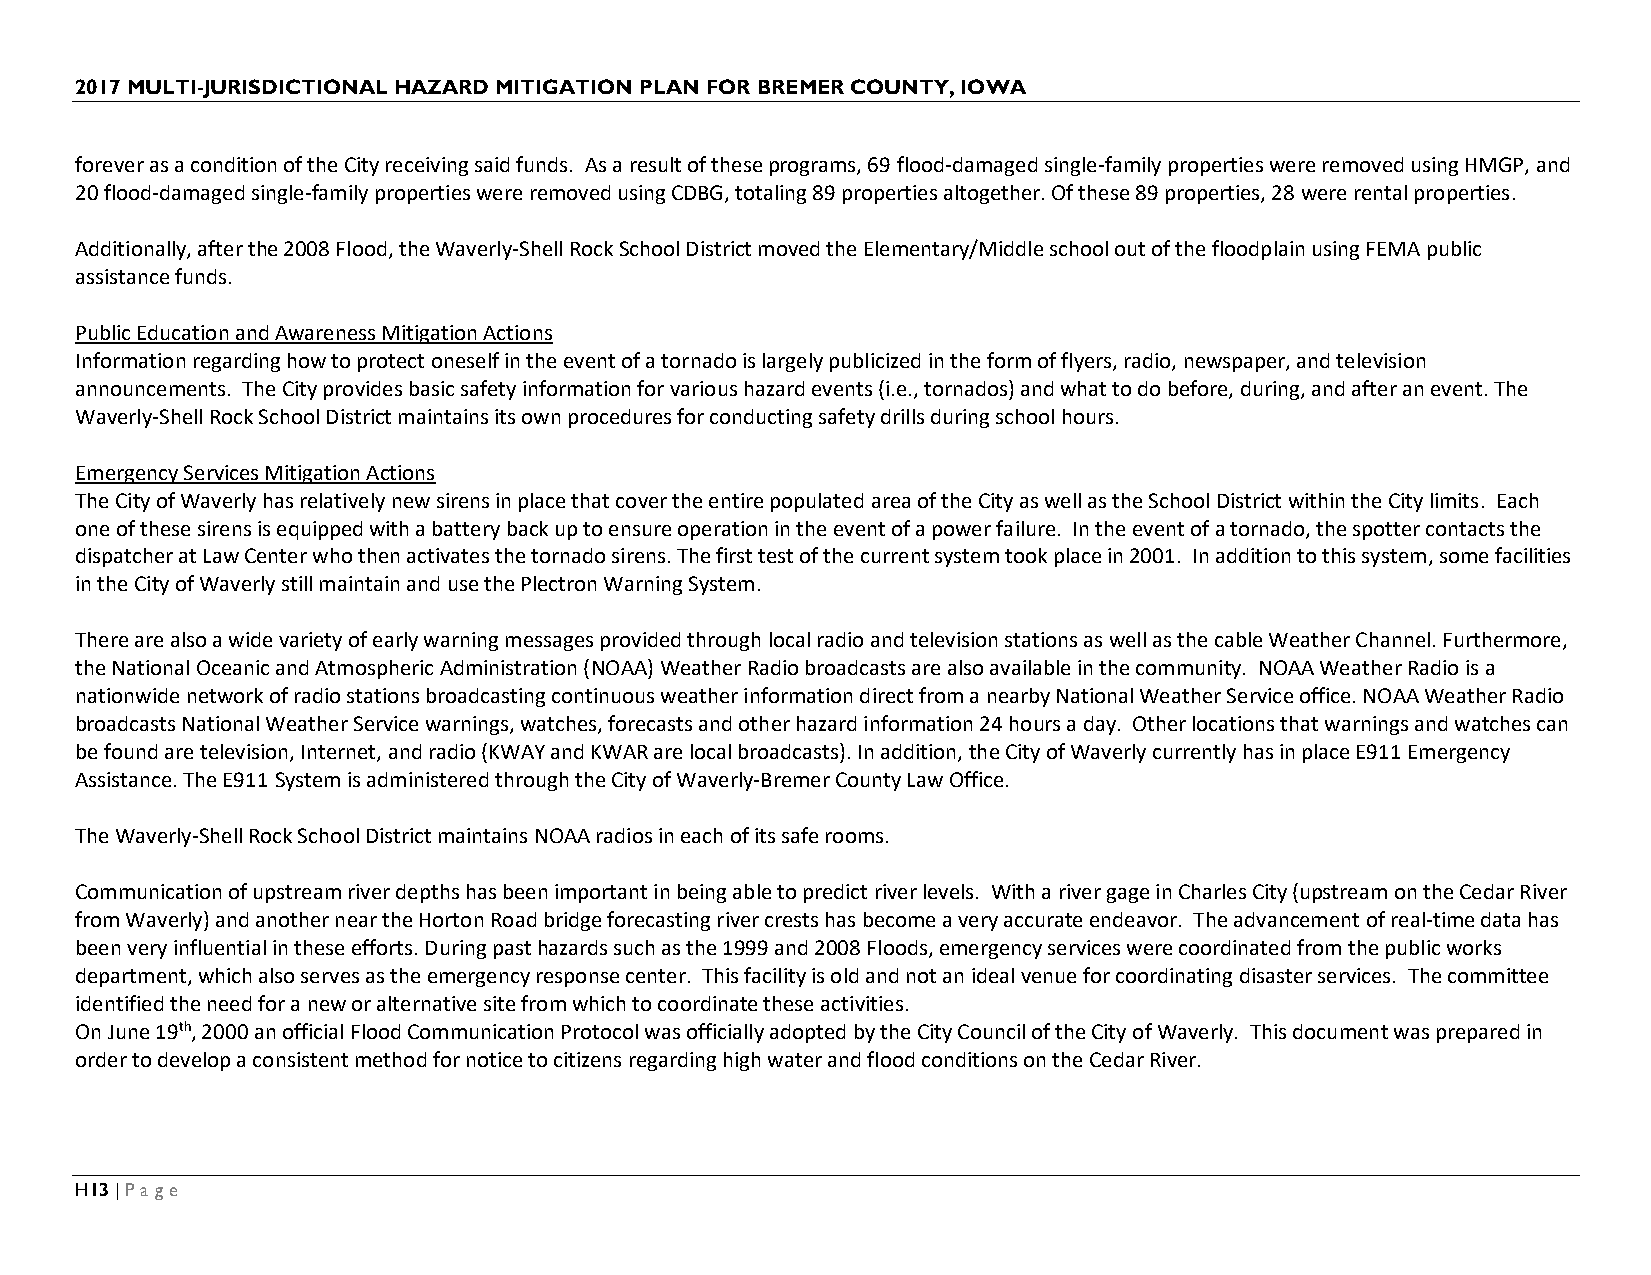
2017 MULTI-JURISDICTIONAL HAZARD MITIGATION PLAN FOR BREMER COUNTY, IOWA
 forever as a condition of the City receiving said funds. As a result of these programs, 69 flood-damaged single-family properties were removed using HMGP, and
 20 flood-damaged single-family properties were removed using CDBG, totaling 89 properties altogether. Of these 89 properties, 28 were rental properties.
 Additionally, after the 2008 Flood, the Waverly-Shell Rock School District moved the Elementary/Middle school out of the floodplain using FEMA public
 assistance funds.
 Public Education and Awareness Mitigation Actions
 Information regarding how to protect oneself in the event of a tornado is largely publicized in the form of flyers, radio, newspaper, and television
 announcements. The City provides basic safety information for various hazard events (i.e., tornados) and what to do before, during, and after an event. The
 Waverly-Shell Rock School District maintains its own procedures for conducting safety drills during school hours.
 Emergency Services Mitigation Actions
 The City of Waverly has relatively new sirens in place that cover the entire populated area of the City as well as the School District within the City limits. Each
 one of these sirens is equipped with a battery back up to ensure operation in the event of a power failure. In the event of a tornado, the spotter contacts the
 dispatcher at Law Center who then activates the tornado sirens. The first test of the current system took place in 2001. In addition to this system, some facilities
 in the City of Waverly still maintain and use the Plectron Warning System.
 There are also a wide variety of early warning messages provided through local radio and television stations as well as the cable Weather Channel. Furthermore,
 the National Oceanic and Atmospheric Administration (NOAA) Weather Radio broadcasts are also available in the community. NOAA Weather Radio is a
 nationwide network of radio stations broadcasting continuous weather information direct from a nearby National Weather Service office. NOAA Weather Radio
 broadcasts National Weather Service warnings, watches, forecasts and other hazard information 24 hours a day. Other locations that warnings and watches can
 be found are television, Internet, and radio (KWAY and KWAR are local broadcasts). In addition, the City of Waverly currently has in place E911 Emergency
 Assistance. The E911 System is administered through the City of Waverly-Bremer County Law Office.
 The Waverly-Shell Rock School District maintains NOAA radios in each of its safe rooms.
 Communication of upstream river depths has been important in being able to predict river levels. With a river gage in Charles City (upstream on the Cedar River
 from Waverly) and another near the Horton Road bridge forecasting river crests has become a very accurate endeavor. The advancement of real-time data has
 been very influential in these efforts. During past hazards such as the 1999 and 2008 Floods, emergency services were coordinated from the public works
 department, which also serves as the emergency response center. This facility is old and not an ideal venue for coordinating disaster services. The committee
 identified the need for a new or alternative site from which to coordinate these activities.
 On June 19th, 2000 an official Flood Communication Protocol was officially adopted by the City Council of the City of Waverly. This document was prepared in
 order to develop a consistent method for notice to citizens regarding high water and flood conditions on the Cedar River.
 H13 | Page